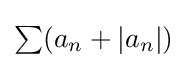
{\textstyle \sum (a_{n}+|a_{n}|)}